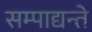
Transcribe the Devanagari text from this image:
सम्पाद्यन्ते